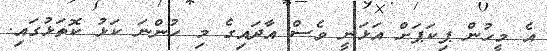
އެ މީހުން ޕިކަޕަށް އަޅަނީ ވެސް އާދައިގެ މި ހުންނަ ކަޅު ކޮތަޅުގައި.